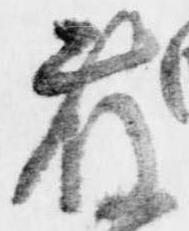
藤